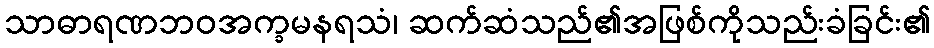
သာဓာရဏဘဝအက္ခမနရသံ၊ ဆက်ဆံသည်၏အဖြစ်ကိုသည်းခံခြင်း၏